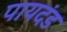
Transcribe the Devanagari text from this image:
पायदंड